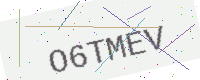
Text: O6TMEV